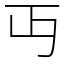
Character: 丏